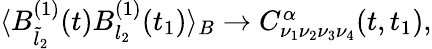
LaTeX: \begin{array}{r}{\langle B_{\tilde{l}_{2}}^{(1)}(t)B_{l_{2}}^{(1)}(t_{1})\rangle_{B}\to C_{\nu_{1}\nu_{2}\nu_{3}\nu_{4}}^{\alpha}(t,t_{1}),}\end{array}